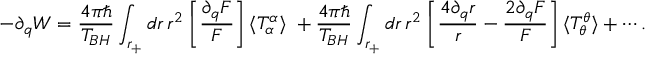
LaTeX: - \partial _ { q } W = \frac { 4 \pi \hbar } { T _ { B H } } \int _ { r _ { + } } d r \, r ^ { 2 } \: \biggl [ \frac { \partial _ { q } F } { F } \biggr ] \, \langle T _ { \alpha } ^ { \alpha } \rangle \; + \frac { 4 \pi \hbar } { T _ { B H } } \int _ { r _ { + } } d r \, r ^ { 2 } \: \biggl [ \frac { 4 \partial _ { q } r } { r } - \frac { 2 \partial _ { q } F } { F } \biggr ] \, \langle T _ { \theta } ^ { \theta } \rangle + \cdots .